Annual report on the Civil Veterinary Department, Burma (including the Insein Veterinary School) - 1932-1941
Year: 1932
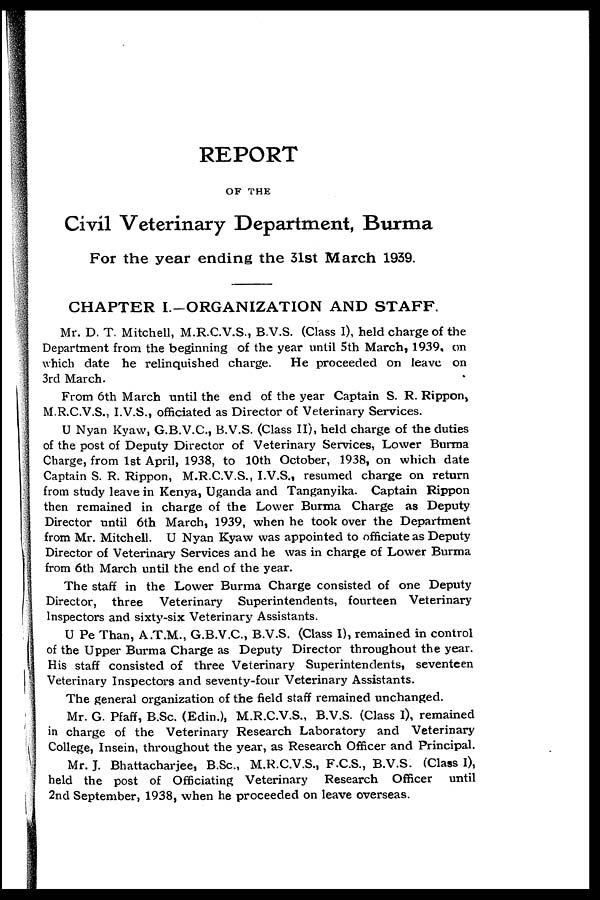
REPORT
OF THE
Civil Veterinary Department, Burma
For the year ending the 31st March 1939.
CHAPTER I.-ORGANIZATION AND STAFF.
Mr. D. T. Mitchell, M.R.C.V.S., B.V.S. (Class I), held charge of the
Department from the beginning of the year until 5th March, 1939, on
which date he relinquished charge. He proceeded on leave on
3rd March.
From 6th March until the end of the year Captain S. R. Rippon,
M.R.C.V.S., I.V.S., officiated as Director of Veterinary Services.
U Nyan Kyaw, G.B.V.C., B.V.S. (Class II), held charge of the duties
of the post of Deputy Director of Veterinary Services, Lower Burma
Charge, from 1st April, 1938, to 10th October, 1938, on which date
Captain S. R. Rippon, M.R.C.V.S., I.V.S., resumed charge on return
from study leave in Kenya, Uganda and Tanganyika. Captain Rippon
then remained in charge of the Lower Burma Charge as Deputy
Director until 6th March, 1939, when he took over the Department
from Mr. Mitchell. U Nyan Kyaw was appointed to officiate as Deputy
Director of Veterinary Services and he was in charge of Lower Burma
from 6th March until the end of the year.
The staff in the Lower Burma Charge consisted of one Deputy
Director, three Veterinary Superintendents, fourteen Veterinary
Inspectors and sixty-six Veterinary Assistants.
U Pe Than, A.T.M., G.B.V.C., B.V.S. (Class I), remained in control
of the Upper Burma Charge as Deputy Director throughout the year.
His staff consisted of three Veterinary Superintendents, seventeen
Veterinary Inspectors and seventy-four Veterinary Assistants.
The general organization of the field staff remained unchanged.
Mr. G. Pfaff, B.Sc. (Edin.), M.R.C.V.S., B.V.S. (Class I), remained
in charge of the Veterinary Research Laboratory and Veterinary
College, Insein, throughout the year, as Research Officer and Principal.
Mr. J. Bhattacharjee, B.Sc., M.R.C.V.S., F.C.S., B.V.S. (Class I),
held the post of Officiating Veterinary Research Officer
until
2nd September, 1938, when he proceeded on leave overseas.